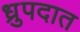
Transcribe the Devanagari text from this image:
ध्रुपदात